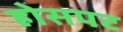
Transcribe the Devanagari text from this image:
होसपट